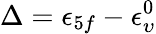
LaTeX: \Delta=\epsilon_{5f}-\epsilon_{\upsilon}^{0}